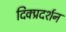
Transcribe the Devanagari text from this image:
दिक्प्रदर्शन